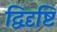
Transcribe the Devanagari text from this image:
द्विदृष्टि